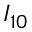
I _ { 1 0 }